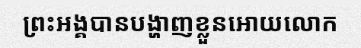
ព្រះអង្គបានបង្ហាញខ្លួនអោយលោក